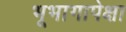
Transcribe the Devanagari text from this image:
भूभागापेक्षा